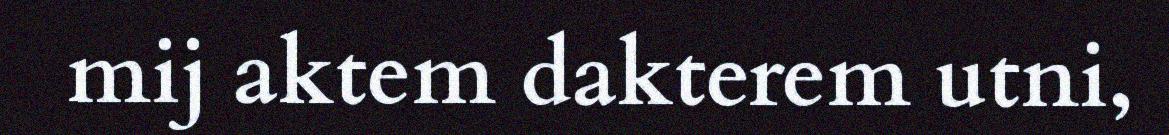
mij aktem dakterem utni,